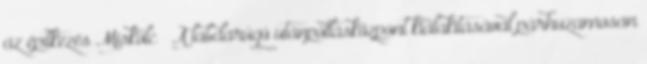
az építkezés Miskolc – A labdarúgó utánpótlásközpont kialakításával párhuzamosan